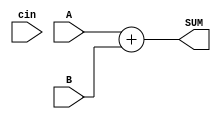
module carry_select_adder(
    input [15:0] A,
    input [15:0] B,
    input cin,
    output [15:0] SUM
);

// Stage 1: Carry-select stage
wire [15:0] sum0, sum1;
assign {cin, sum0} = A + B;
assign {~cin, sum1} = A + B;

// Stage 2: Final carry-propagate stage
assign SUM = cin ? sum1 : sum0;

endmodule